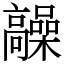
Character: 髞